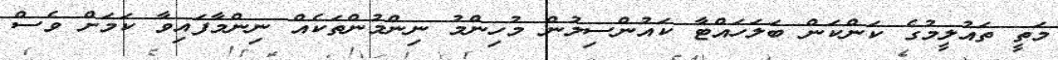
މަތީ ތައުލީމުގެ ކަންކަން ބަލަހައްޓާ ކައުންސިލުން މުހިންމު ނިންމުންތަކެއް ނިންމާފައިވާ ކަމަށް ވެސް